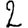
Digit: 2